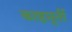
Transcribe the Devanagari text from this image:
काष्ठमूर्ती